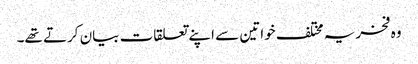
وہ فخریہ مختلف خواتین سے اپنے تعلقات بیان کرتے تھے۔